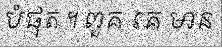
បំផុត ។ ពួគ គេ មាន